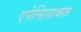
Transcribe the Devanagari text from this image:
एपेन्डिसाकल